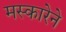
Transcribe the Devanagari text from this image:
मस्कारेने